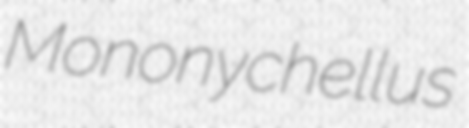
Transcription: Mononychellus